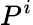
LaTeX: P^{i}